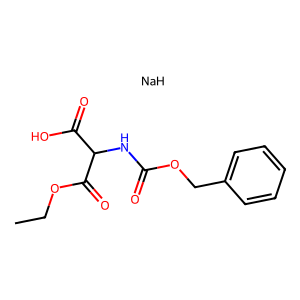
SMILES: CCOC(=O)C(NC(=O)OCc1ccccc1)C(=O)O.[NaH]
Inhibits HIV replication: No